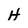
Character: H